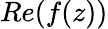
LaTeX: Re(f(z))